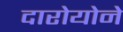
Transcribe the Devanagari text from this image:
दारोयोने